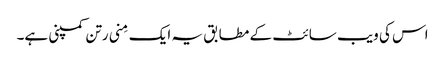
اس کی ویب سائٹ کے مطابق یہ ایک مِنی رتن کمپنی ہے۔